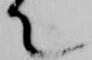
て